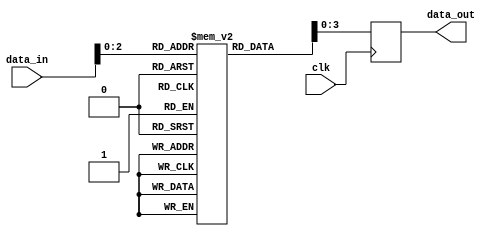
module Generate_Parameterized_Module #(
  parameter WIDTH = 4,
  parameter DEPTH = 8
) (
  input clk,
  input [WIDTH-1:0] data_in,
  output reg [WIDTH-1:0] data_out
);

reg [DEPTH-1:0] memory [0:DEPTH-1];

always @(posedge clk) begin
  // Read from memory based on data_in
  data_out <= memory[data_in];
end

endmodule